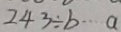
2 4 3 \div b \cdots a